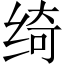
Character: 绮